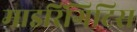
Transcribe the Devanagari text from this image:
माइरिंगिटिस